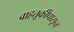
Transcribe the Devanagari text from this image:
वाहतूकींपासून